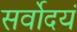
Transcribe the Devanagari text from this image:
सर्वोदयं